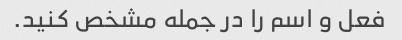
فعل و اسم را در جمله مشخص کنید.